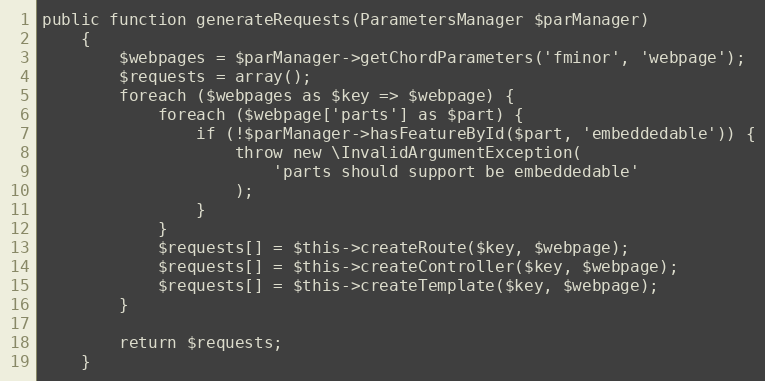
Language: PHP
public function generateRequests(ParametersManager $parManager)
    {
        $webpages = $parManager->getChordParameters('fminor', 'webpage');
        $requests = array();
        foreach ($webpages as $key => $webpage) {
            foreach ($webpage['parts'] as $part) {
                if (!$parManager->hasFeatureById($part, 'embeddedable')) {
                    throw new \InvalidArgumentException(
                        'parts should support be embeddedable'
                    );
                }
            }
            $requests[] = $this->createRoute($key, $webpage);
            $requests[] = $this->createController($key, $webpage);
            $requests[] = $this->createTemplate($key, $webpage);
        }

        return $requests;
    }